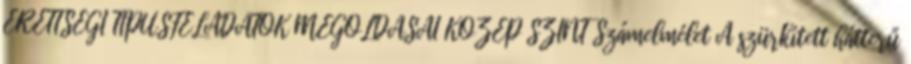
ÉRETTSÉGI TÍPUSFELADATOK MEGOLDÁSAI KÖZÉP SZINT Számelmélet A szürkített hátterű